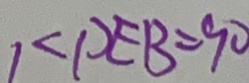
1 < P E B = 9 0